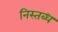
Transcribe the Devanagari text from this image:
निस्तब्ध